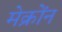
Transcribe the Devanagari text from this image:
मेक्रोंन